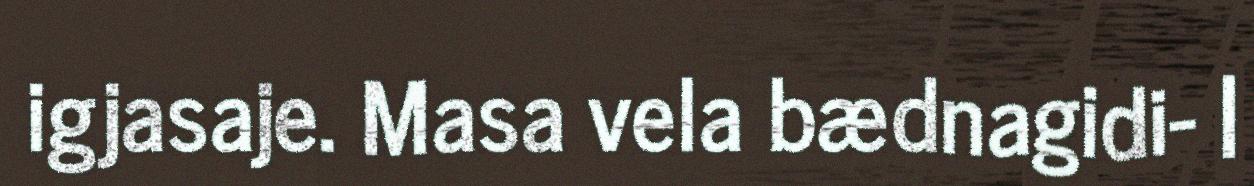
igjasaje. Masa vela bædnagidi- |